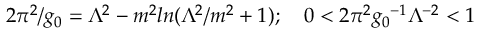
2 \pi ^ { 2 } / g _ { 0 } = \Lambda ^ { 2 } - m ^ { 2 } l n ( \Lambda ^ { 2 } / m ^ { 2 } + 1 ) ; \quad 0 < 2 \pi ^ { 2 } { g _ { 0 } } ^ { - 1 } { \Lambda } ^ { - 2 } < 1